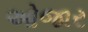
ઓજાર